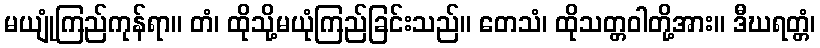
မယျုံကြည်ကုန်ရာ။ တံ၊ ထိုသို့မယုံကြည်ခြင်းသည်။ တေသံ၊ ထိုသတ္တဝါတို့အား။ ဒီဃရတ္တံ၊